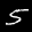
Label: 5